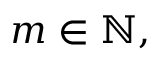
m \in \mathbb { N } ,